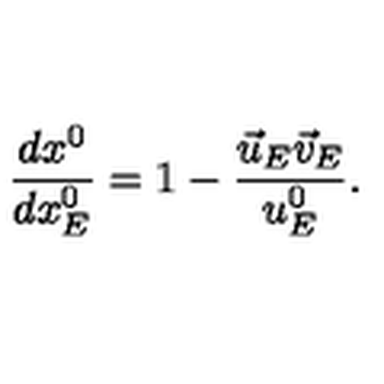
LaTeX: \frac { d x ^ { 0 } } { d x _ { E } ^ { 0 } } = 1 - \frac { \vec { u } _ { E } \vec { v } _ { E } } { u _ { E } ^ { 0 } } .